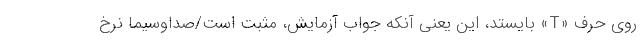
روی حرف «T» بایستد، این یعنی آنکه جواب آزمایش، مثبت است/صداوسیما نرخ